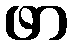
ဖာ